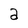
Character: a